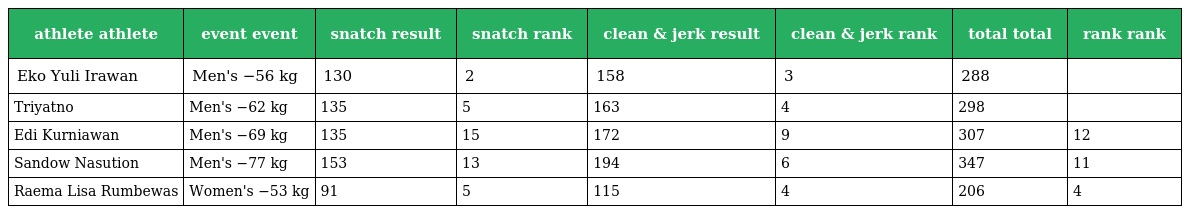
| athlete athlete | event event | snatch result | snatch rank | clean & jerk result | clean & jerk rank | total total | rank rank |
 | --- | --- | --- | --- | --- | --- | --- | --- |
 | Eko Yuli Irawan | Men's −56 kg | 130 | 2 | 158 | 3 | 288 |  |
 | Triyatno | Men's −62 kg | 135 | 5 | 163 | 4 | 298 |  |
 | Edi Kurniawan | Men's −69 kg | 135 | 15 | 172 | 9 | 307 | 12 |
 | Sandow Nasution | Men's −77 kg | 153 | 13 | 194 | 6 | 347 | 11 |
 | Raema Lisa Rumbewas | Women's −53 kg | 91 | 5 | 115 | 4 | 206 | 4 |